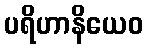
ပရိဟာနိယေဝ